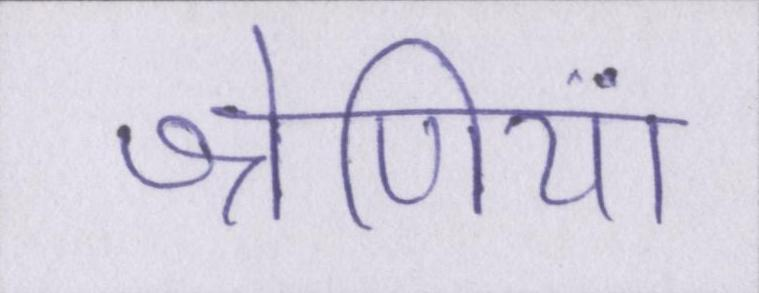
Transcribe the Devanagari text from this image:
श्रेणियां